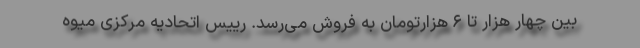
بین چهار هزار تا ۶ هزارتومان به فروش می‌رسد. رییس اتحادیه مرکزی میوه